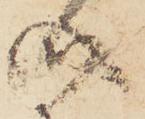
介